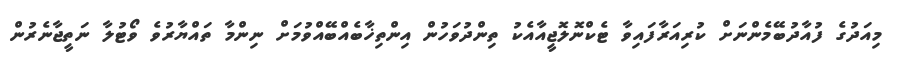
މިއަދުގެ ފުއާދުބޭމެންނަށް ކުރިއަރާފައިވާ ޓެކްނޮލޮޖީއާއެކު ތިންދުވަހުން އިންތިޚާބެއްބޭއްވުމަށް ނިންމާ ތައްޔާރުވެ ވޯޓުލާ ނަތީޖާނެރުން